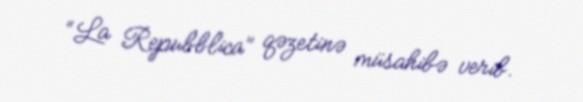
“La Repubblica” qəzetinə müsahibə verib.